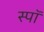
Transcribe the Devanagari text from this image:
स्पॉ